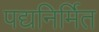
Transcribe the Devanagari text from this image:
पद्यनिर्मित